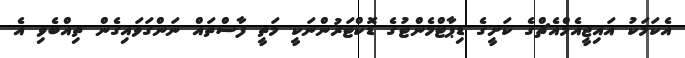
އެކަމަކު އައިޖީއެމްއެޗްގެ ކަށީގެ ޑިޕާޓްމެންޓުގެ ޑޮކްޓަރުންނަކީ މަތީ ފާސްތައް ނަންގަވައިގެން ތިއްބެވި އެ